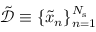
\tilde { \mathcal { D } } \equiv \{ \tilde { x } _ { n } \} _ { n = 1 } ^ { N _ { \mathrm { s } } }